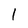
Character: 1